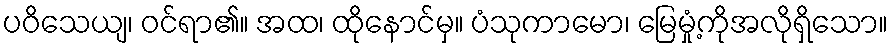
ပဝိသေယျ၊ ဝင်ရာ၏။ အထ၊ ထိုနောင်မှ။ ပံသုကာမော၊ မြေမှုံ့ကိုအလိုရှိသော။